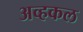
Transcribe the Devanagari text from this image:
अव्हकल